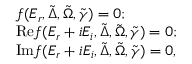
\begin{array} { r l } & { f ( E _ { r } , \tilde { \Delta } , \tilde { \Omega } , \tilde { \gamma } ) = 0 ; } \\ & { \mathrm { R e } f ( E _ { r } + i E _ { i } , \tilde { \Delta } , \tilde { \Omega } , \tilde { \gamma } ) = 0 ; } \\ & { \mathrm { I m } f ( E _ { r } + i E _ { i } , \tilde { \Delta } , \tilde { \Omega } , \tilde { \gamma } ) = 0 , } \end{array}